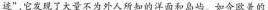
迹”，它发现了大量不为外人所知的洋面和岛屿。如今欧美的